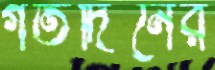
গতদিনের